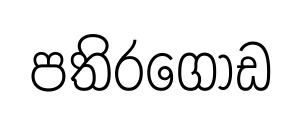
පතිරගොඩ